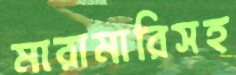
মারামারিসহ